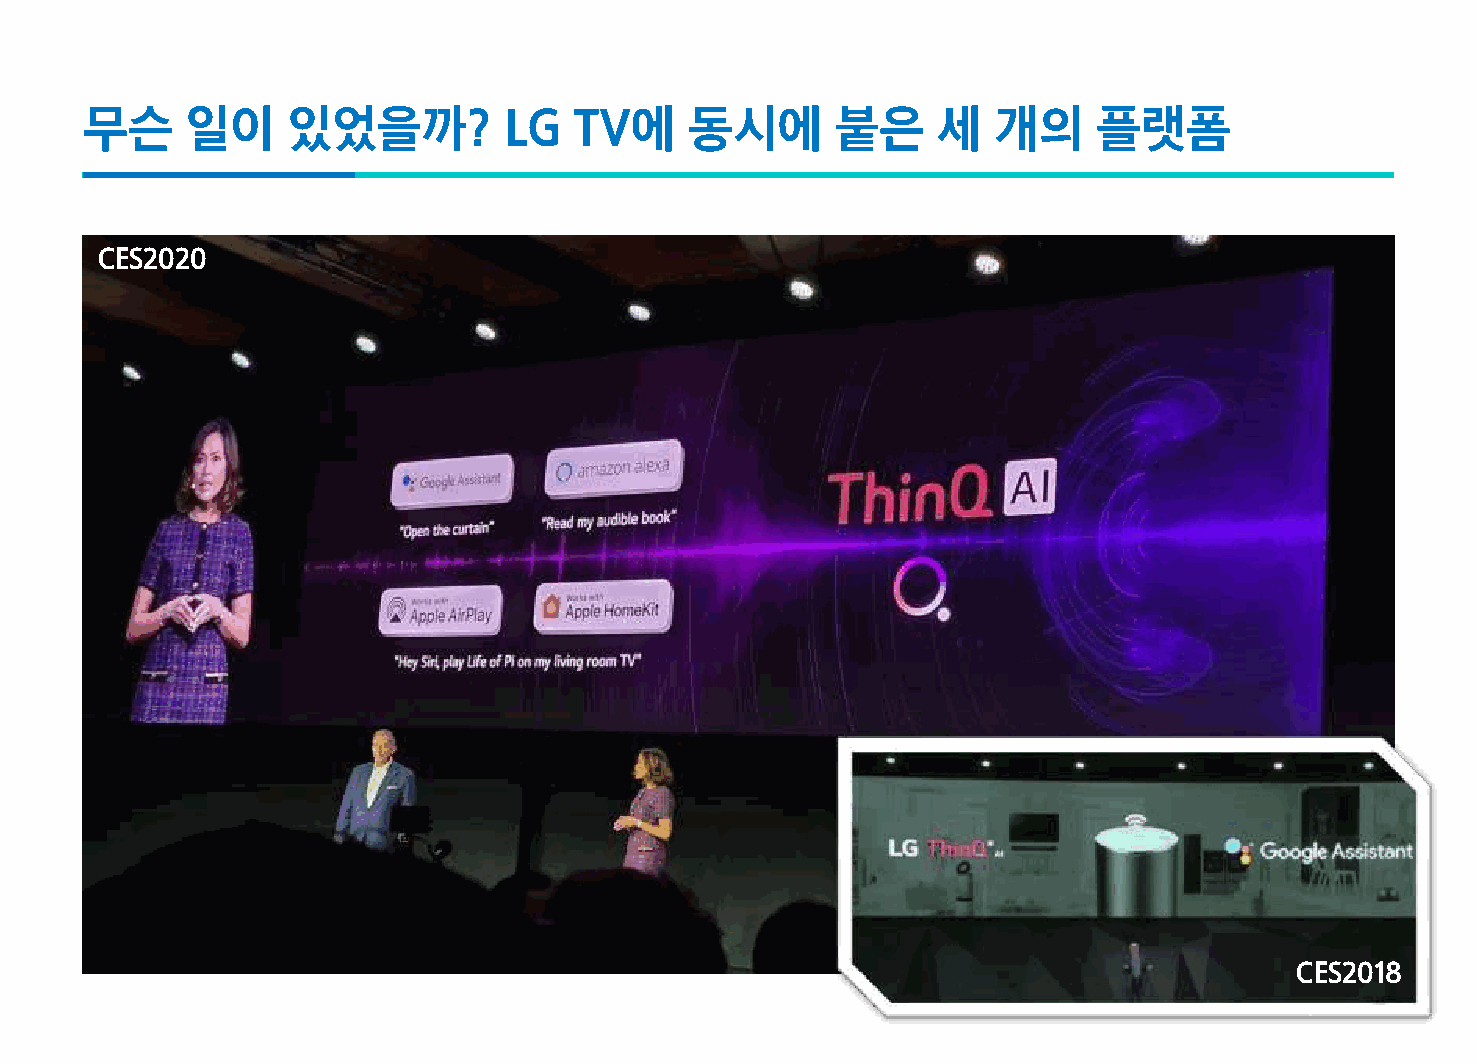
무슨     일이     있었을까?         LG   TV에     동시에      붙은     세   개의     플랫폼
 CES2020
 CES2018
 www.samsungpop.com| 9